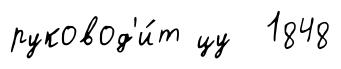
руковод'и́т цу 1848